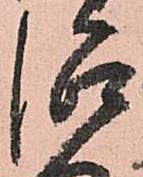
治